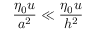
\frac { \eta _ { 0 } u } { a ^ { 2 } } \ll \frac { \eta _ { 0 } u } { h ^ { 2 } }